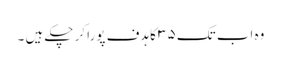
وہ اب تک ۳۵ کا ہدف پورا کر چکے ہیں ۔